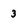
Character: 3